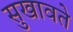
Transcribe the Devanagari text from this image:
सुखावते